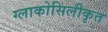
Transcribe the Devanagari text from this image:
ग्लाकोसिलीकृत